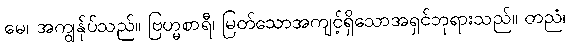
မေ၊ အကျွန်ုပ်သည်။ ဗြဟ္မစာရီ၊ မြတ်သောအကျင့်ရှိသောအရှင်ဘုရားသည်။ တညံ၊